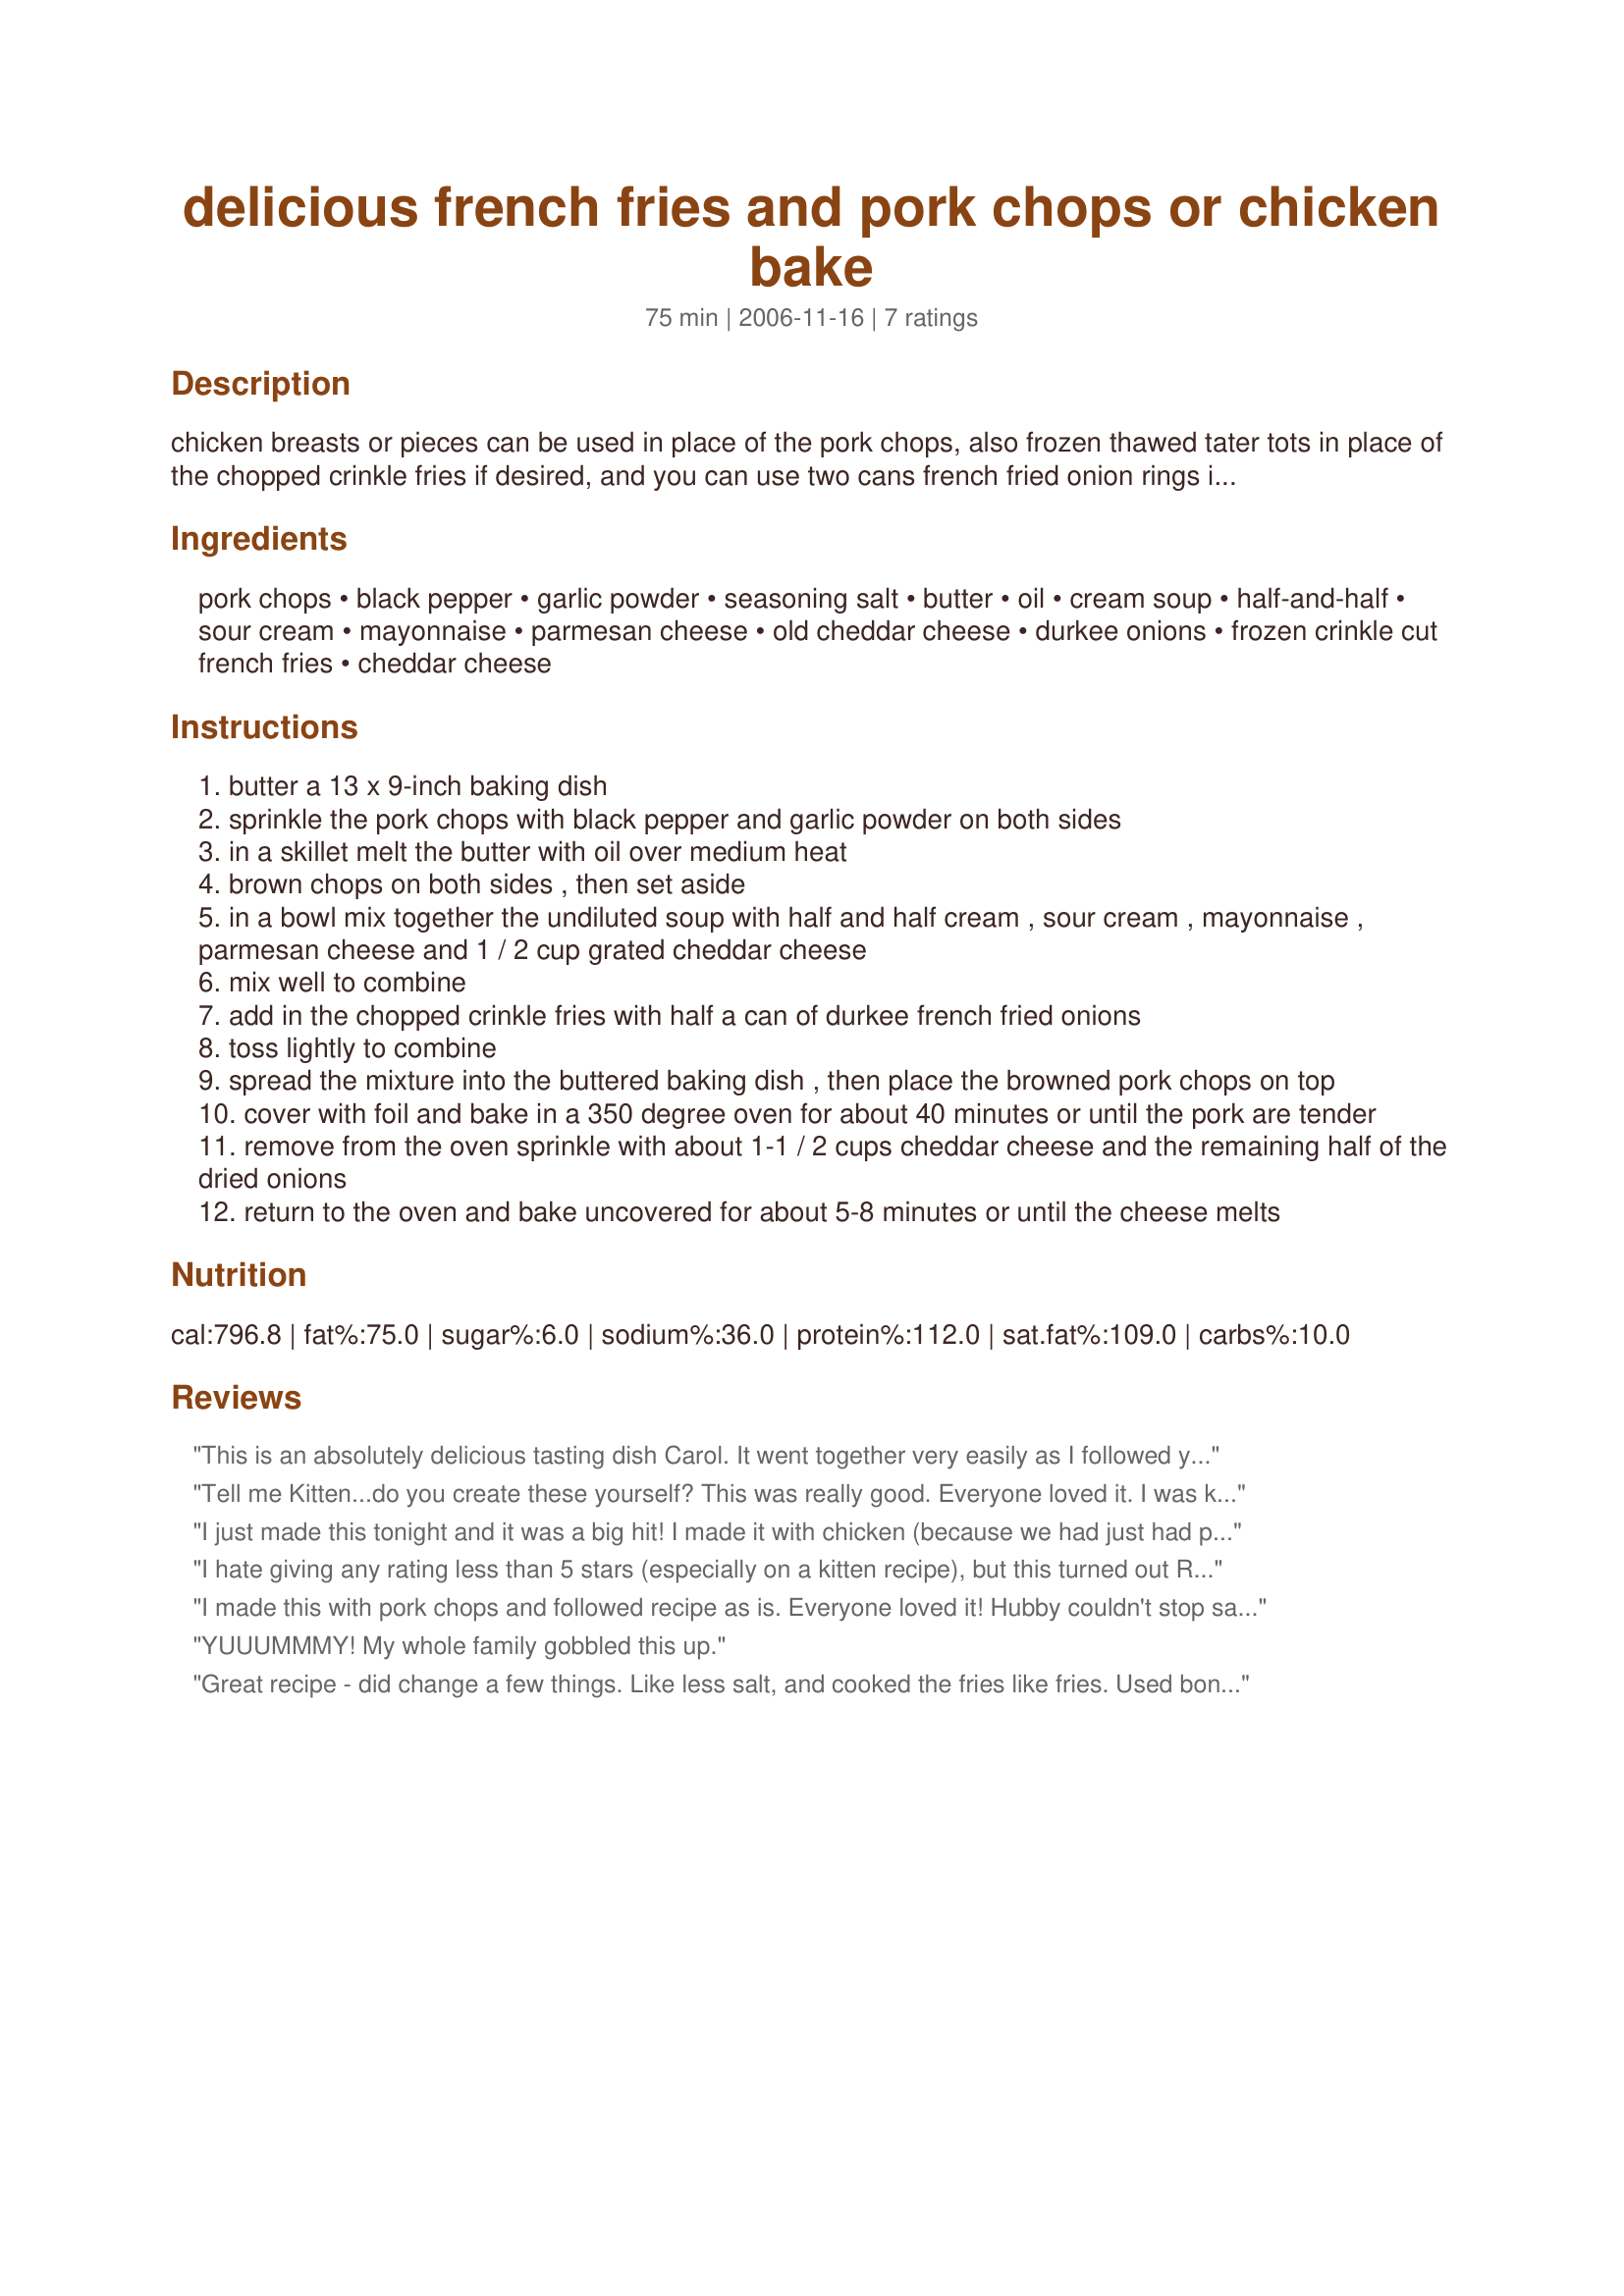
delicious french fries and pork chops or chicken bake
Preparation time: 75 minutes

chicken breasts or pieces can be used in place of the pork chops, also frozen thawed tater tots in place of the chopped crinkle fries if desired, and you can use two cans french fried onion rings if desired, one for the filling and one for the top. for this recipe use thicker-cut pork chops not fast-fry.

Ingredients:
pork chops, black pepper, garlic powder, seasoning salt, butter, oil, cream soup, half-and-half, sour cream, mayonnaise, parmesan cheese, old cheddar cheese, durkee onions, frozen crinkle cut french fries, cheddar cheese

Steps:
butter a 13 x 9-inch baking dish
sprinkle the pork chops with black pepper and garlic powder on both sides
in a skillet melt the butter with oil over medium heat
brown chops on both sides , then set aside
in a bowl mix together the undiluted soup with half and half cream , sour cream , mayonnaise , parmesan cheese and 1 / 2 cup grated cheddar cheese
mix well to combine
add in the chopped crinkle fries with half a can of durkee french fried onions
toss lightly to combine
spread the mixture into the buttered baking dish , then place the browned pork chops on top
cover with foil and bake in a 350 degree oven for about 40 minutes or until the pork are tender
remove from the oven sprinkle with about 1-1 / 2 cups cheddar cheese and the remaining half of the dried onions
return to the oven and bake uncovered for about 5-8 minutes or until the cheese melts

Reviews:
This is an absolutely delicious tasting dish Carol. It went together very easily as I followed your recipe as written. I chose to use pork loins that were 1 1/2 inches thick and so the baking time was 1 hour. DS said this would be really good w/some bacon crumbled over the top too:-) MMMmmmm...delicious and very filling. Served up with some dinner rolls and it was a meal in one!!! Thanks so much Kitten~
Made for 123Hits.
Tell me Kitten...do you create these yourself? This was really good. Everyone loved it. I was kinda skeptical but what a nice dish. I made just 4 boneless pork chops and adjusted accordingly. Used cream of mushroom soup and the rest was as written. 
The little piggies were fighting over the last bit of french frie filling. Another winner!
I just made this tonight and it was a big hit! I made it with chicken (because we had just had porkchops).....it was easy abd very yummy! Great meal to have with kids.
I hate giving any rating less than 5 stars (especially on a kitten recipe), but this turned out REALLY salty. I followed the recipe as written, except I used cream of celery soup. I also did not salt and pepper the chops before I browned them. I'm not sure what I did wrong or if it is just supposed to be really salty. Other than that, this was a really good dish. The pork stayed VERY moist (I used boneless loin chops) and after the fries cooked, they seemed kind of like mashed potatoes that were made into the casserole. My husband and son loved it but my step-daughter didn't because of the salt. If you have any suggestions for me, I would love to hear them because I would love to make this again, just with a little less salt.
I made this with pork chops and followed recipe as is. Everyone loved it! Hubby couldn't stop saying "hmm, this is my kinda meal" Very good, will make again. Thanks!
YUUUMMMY! My whole family gobbled this up.
Great recipe - did change a few things. Like less salt, and cooked the fries like fries. Used boneless. But was devoured
